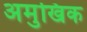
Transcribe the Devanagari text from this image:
अमुखिक